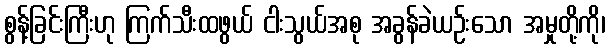
စွန့်ခြင်းကြီးဟု ကြက်သီးထဖွယ် ငါးသွယ်အစု အခွန်ခဲယဉ်းသော အမှုတို့ကို၊